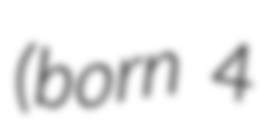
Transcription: (born 4